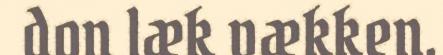
don læk vækken.